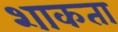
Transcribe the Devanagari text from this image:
शाकता